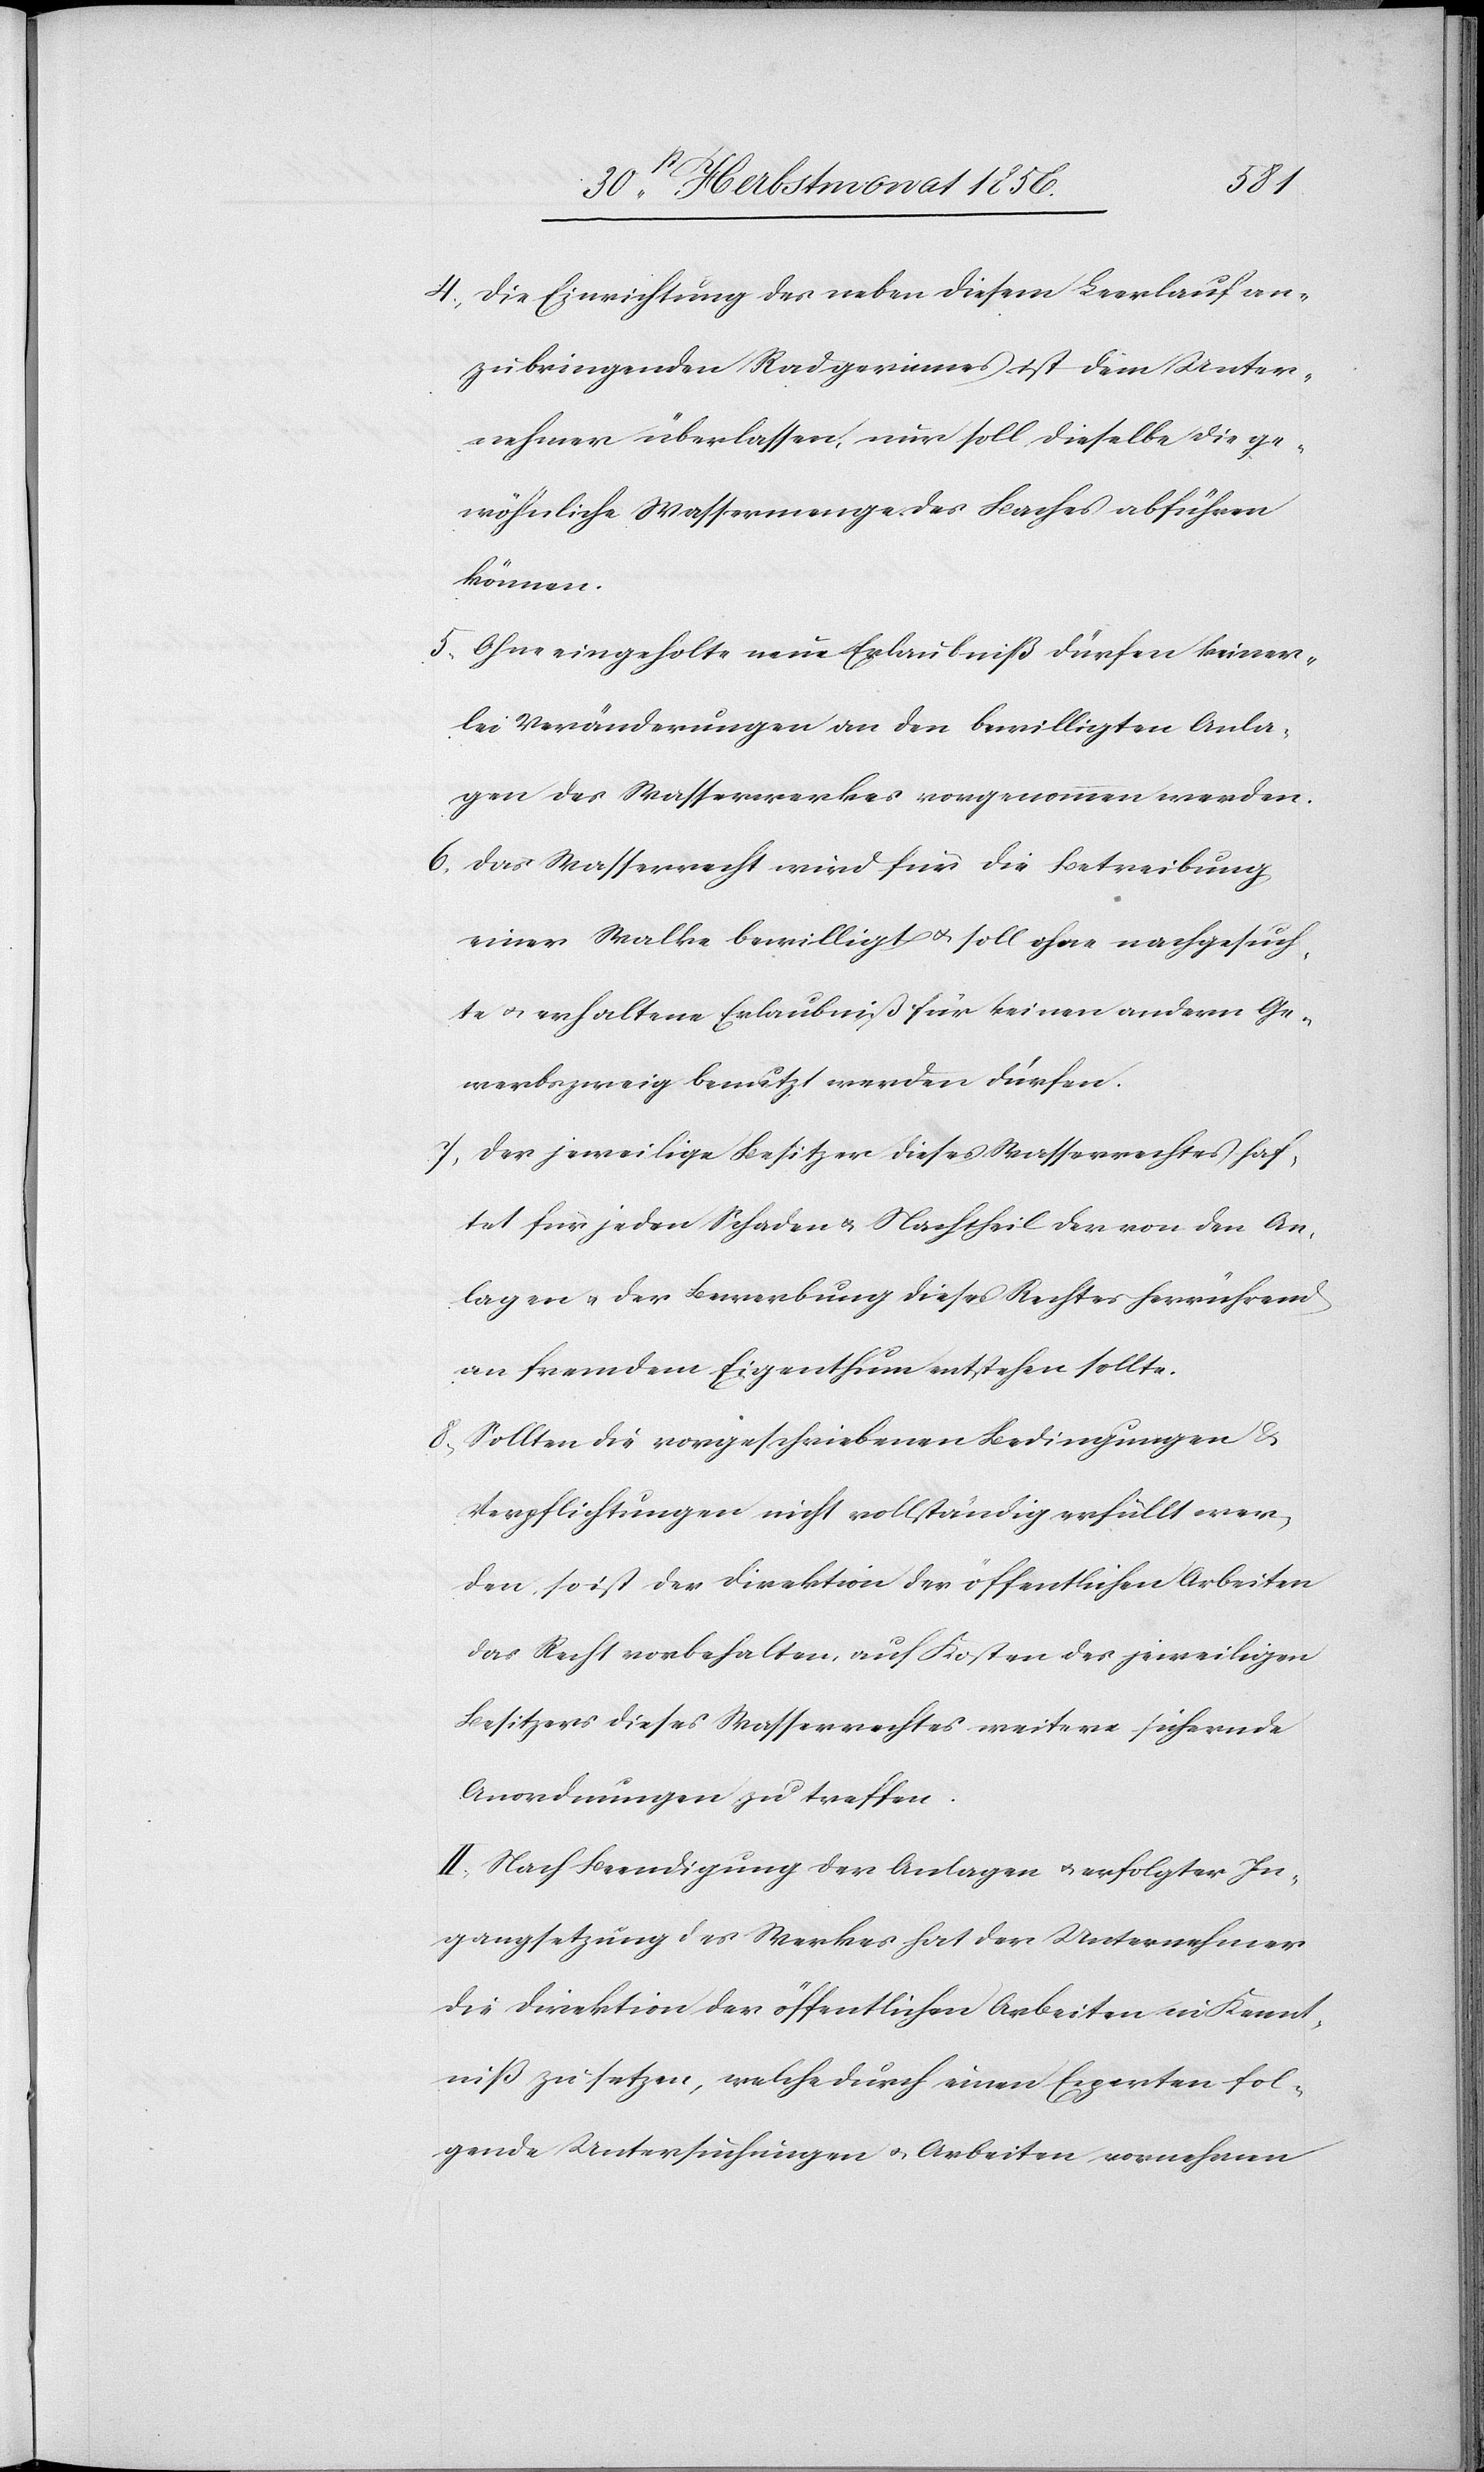
4.) Die Einrichtung des neben diesem Leerlauf an¬
zubringenden Radgerinnes ist dem Unter¬
nehmer überlassen, nur soll dieselbe die ge¬
wöhnliche Wassermenge des Baches abführen
können.
5.) Ohne eingeholte neue Erlaubniß dürfen keiner¬
lei Veränderungen an den bewilligten Anla¬
gen des Wasserwerkes vorgenommen werden.
6.) Das Wasserrecht wird für die Betreibung
einer Walke bewilligt u. soll ohne nachgesuch¬
te u. erhaltene Erlaubniß für keinen andern Ge¬
werbszweig benutzt werden dürfen.
7.) Der jeweilige Besitzer dieses Wasserrechtes haf¬
tet für jeden Schaden u. Nachtheil der von den An¬
lagen der Bewerbung dieses Rechtes herrührend
an fremdem Eigenthum entstehen sollte.
8.) Sollten die vorgeschriebenen Bedingungen &
Verpflichtungen nicht vollständig erfüllt wer¬
den, so ist der Direktion der öffentlichen Arbeiten
das Recht vorbehalten, auf Kosten des jeweiligen
Besitzers dieses Wasserrechtes weitere sichernde
Anordnungen zu treffen.
II.) Nach Beendigung der Analgen u. erfolgter In¬
gangsetzung des Werkes hat der Unternehmer
die Direktion der öffentlichen Arbeiten in Kennt¬
niß zu setzen, welche durch einen Experten fol¬
gende Untersuchungen u. Arbeiten vornehmen